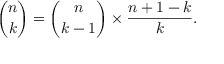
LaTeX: { \binom { n } { k } } = { \binom { n } { k - 1 } } \times { \frac { n + 1 - k } { k } } .